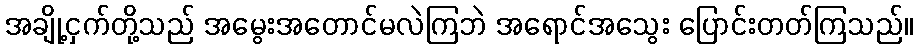
အချို့ငှက်တို့သည် အမွေးအတောင်မလဲကြဘဲ အရောင်အသွေး ပြောင်းတတ်ကြသည်။